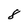
Character: 8